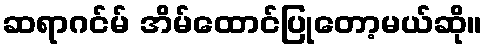
ဆရာဂင်မ် အိမ်ထောင်ပြုတော့မယ်ဆို။